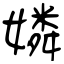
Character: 嫾